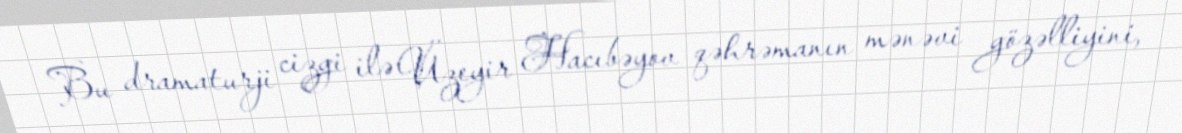
Bu dramaturji cizgi ilə Üzeyir Hacıbəyov qəhrəmanın mənəvi gözəlliyini,